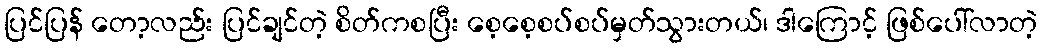
ပြင်ပြန် တော့လည်း ပြင်ချင်တဲ့ စိတ်ကစပြီး စေ့စေ့စပ်စပ်မှတ်သွားတယ်၊ ဒါကြောင့် ဖြစ်ပေါ်လာတဲ့